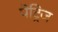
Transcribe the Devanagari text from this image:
पेट्रिज